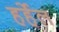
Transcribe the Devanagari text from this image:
हर्हेल